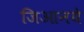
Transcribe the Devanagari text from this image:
जिआनये